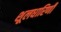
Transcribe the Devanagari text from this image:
शूलधारिणी